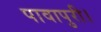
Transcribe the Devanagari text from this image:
पावापुरी।